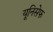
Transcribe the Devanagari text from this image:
यूनिसेेफ